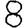
Digit: 8